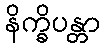
နိက္ခိပန္တာ